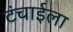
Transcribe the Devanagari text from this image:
टंचाईला